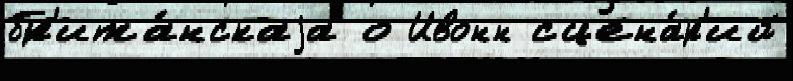
бр'ита́нскаjа о Ивонн сцена́р'ий